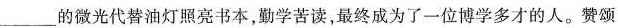
___的微光代替油灯照亮书本，勤学苦读，最终成为了一位博学多才的人。赞颂